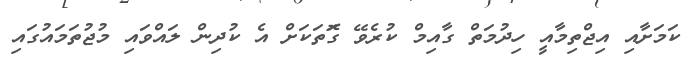
ކަމަށާއި އިޖްތިމާއީ ހިދުމަތް ގާއިމް ކުރެވޭ ގޮަތަކަށް އެ ކުދިން ލައްވައި މުޖުތަމައުގައި